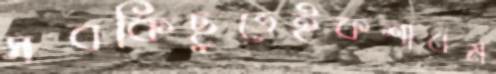
সবকিছুতেইকশাবম